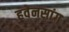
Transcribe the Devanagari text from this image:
हवेनसांग